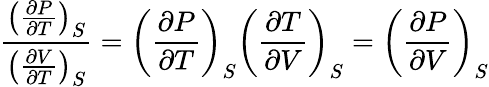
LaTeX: {\frac{\left({\frac{\partial P}{\partial T}}\right)_{S}}{\left({\frac{\partial V}{\partial T}}\right)_{S}}}=\left({\frac{\partial P}{\partial T}}\right)_{S}\left({\frac{\partial T}{\partial V}}\right)_{S}=\left({\frac{\partial P}{\partial V}}\right)_{S}